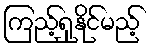
ကြည့်ရှုနိုင်မည့်